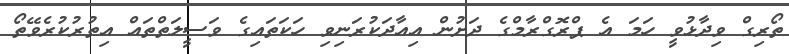
ތޯރިގް ވިދާޅުވީ ހަމަ އެ ޕްރޮގްރާމްގެ ދަށުން އިއާދަކުރަނިވި ހަކަތައިގެ ވަސީލަތްތައް އިތުރުކުރެވޭތޯ